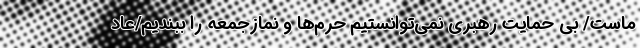
ماست/ بی حمایت رهبری نمی‌توانستیم حرم‌ها و نمازجمعه را ببندیم/عاد